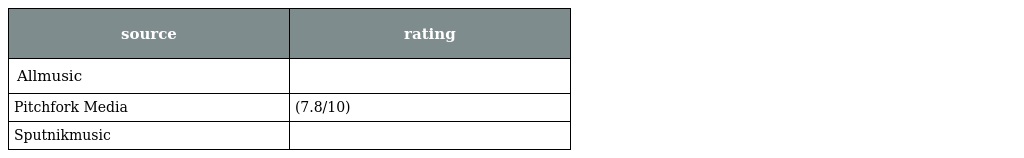
| source | rating |
 | --- | --- |
 | Allmusic |  |
 | Pitchfork Media | (7.8/10) |
 | Sputnikmusic |  |